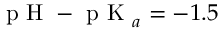
\mathrm { ~ p ~ H ~ } - \mathrm { ~ p ~ K ~ } _ { a } = - 1 . 5